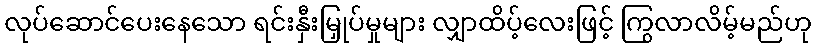
လုပ်ဆောင်ပေးနေသော ရင်းနှီးမြှုပ်မှုများ လျှာထိပ့်လေးဖြင့် ကြွလာလိမ့်မည်ဟု